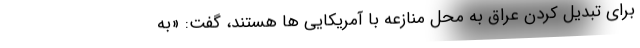
برای تبدیل کردن عراق به محل منازعه با آمریکایی ها هستند، گفت: «به